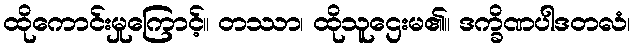
ထိုကောင်းမှုကြောင့်။ တဿာ၊ ထိုသူဌေးမ၏။ ဒက္ခိဏပါဒတလံ၊